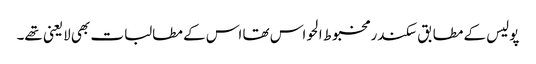
پولیس کے مطابق سکندر مخبوط الحواس تھا اس کے مطالبات بھی لایعنی تھے۔